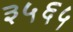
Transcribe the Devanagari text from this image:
३५६५